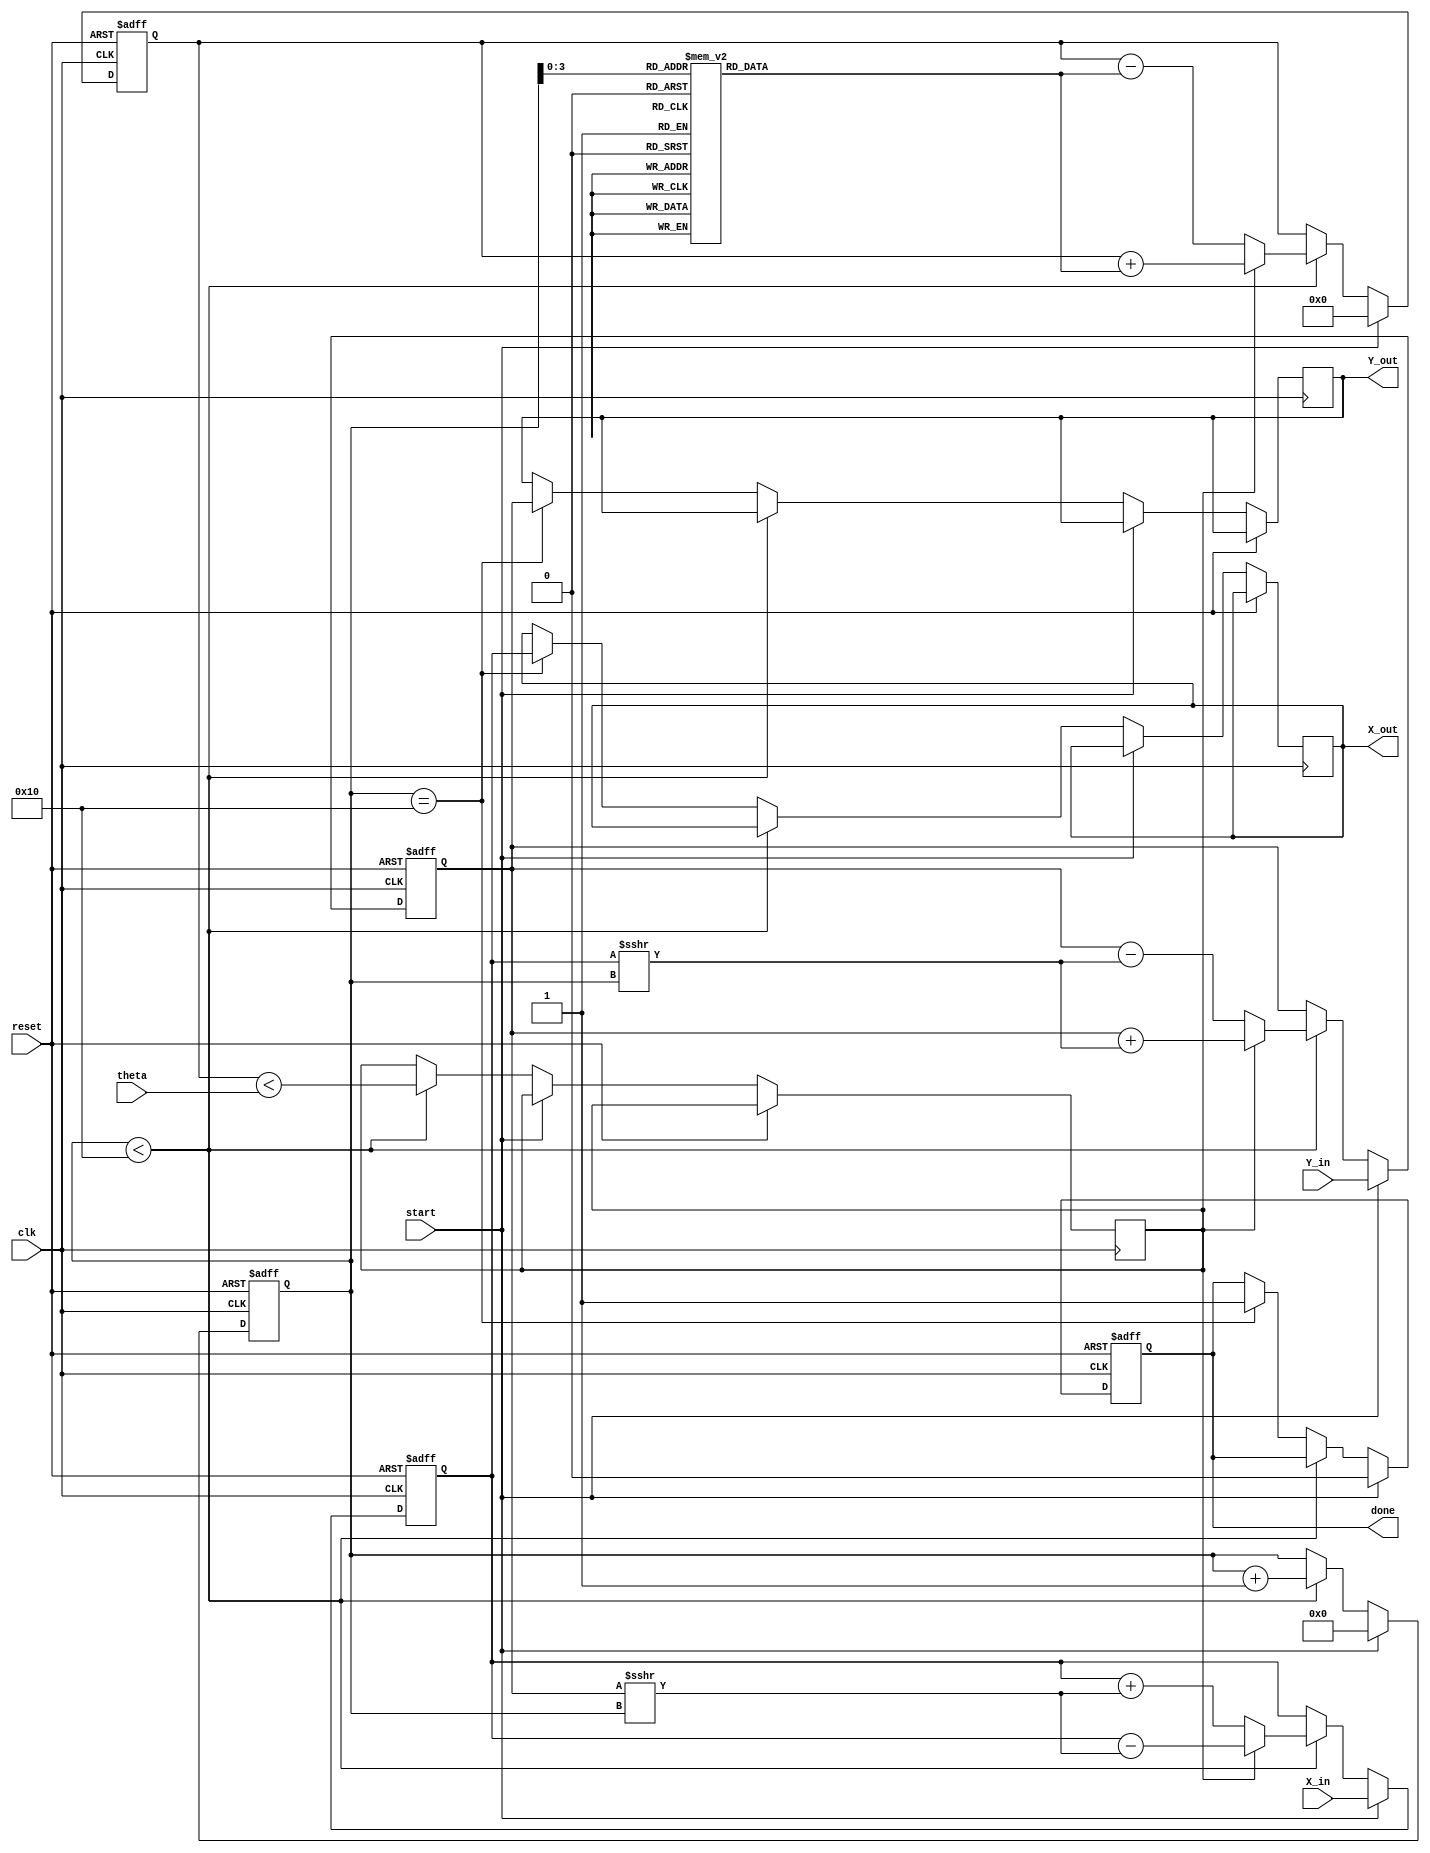
module cordic_fixed_point #(
    parameter N = 16,                // Total bits
    parameter ITERATIONS = 16,       // Number of iterations
    parameter FRACTIONAL_BITS = 12   // Number of fractional bits
)(
    input wire clk,
    input wire reset,
    input wire [N-1:0] theta,        // Input angle in fixed-point
    input wire [N-1:0] X_in,         // Initial X coordinate
    input wire [N-1:0] Y_in,         // Initial Y coordinate
    input wire start,                 // Start signal
    output reg [N-1:0] X_out,        // Output X coordinate
    output reg [N-1:0] Y_out,        // Output Y coordinate
    output reg done                   // Done signal
);

    reg [N-1:0] X, Y;
    reg [N-1:0] angle_table [0:ITERATIONS-1]; // Precomputed angle table
    reg [4:0] iteration;                   // Iteration counter
    reg [N-1:0] theta_accum;               // Accumulated angle
    reg dir;                                // Direction of rotation

    // Angle table initialization (in radians, converted to fixed-point)
    initial begin
        angle_table[0] = 16'h3FFF;  // atan(2^0) = /4
        angle_table[1] = 16'h2000;  // atan(2^-1)
        angle_table[2] = 16'h1666;  // atan(2^-2)
        angle_table[3] = 16'h0DBA;  // atan(2^-3)
        // Add more entries as needed...
        // This code assumes these values are pre-computed.
    end

    always @(posedge clk or posedge reset) begin
        if (reset) begin
            X <= 0;
            Y <= 0;
            theta_accum <= 0;
            iteration <= 0;
            done <= 0;
        end else if (start) begin
            // Initialization
            X <= X_in;
            Y <= Y_in;
            theta_accum <= 0;
            iteration <= 0;
            done <= 0;
        end else if (iteration < ITERATIONS) begin
            // CORDIC rotation logic
            dir <= (theta_accum < theta);
            if (dir) begin
                // Perform counterclockwise rotation
                X <= X - (Y >>> iteration);
                Y <= Y + (X >>> iteration);
                theta_accum <= theta_accum + angle_table[iteration];
            end else begin
                // Perform clockwise rotation
                X <= X + (Y >>> iteration);
                Y <= Y - (X >>> iteration);
                theta_accum <= theta_accum - angle_table[iteration];
            end
            iteration <= iteration + 1;
        end else if (iteration == ITERATIONS) begin
            // Final output assignment
            X_out <= X;
            Y_out <= Y;
            done <= 1; // Signal that computation is done
        end
    end

endmodule